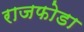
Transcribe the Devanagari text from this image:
राजफोडा